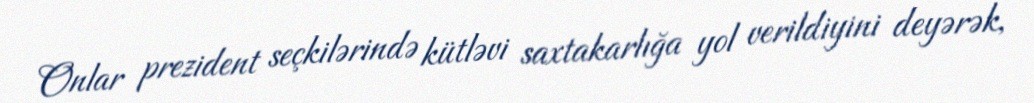
Onlar prezident seçkilərində kütləvi saxtakarlığa yol verildiyini deyərək,